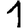
Digit: 1